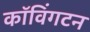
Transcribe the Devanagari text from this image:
कॉविंगटन